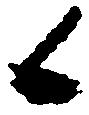
候